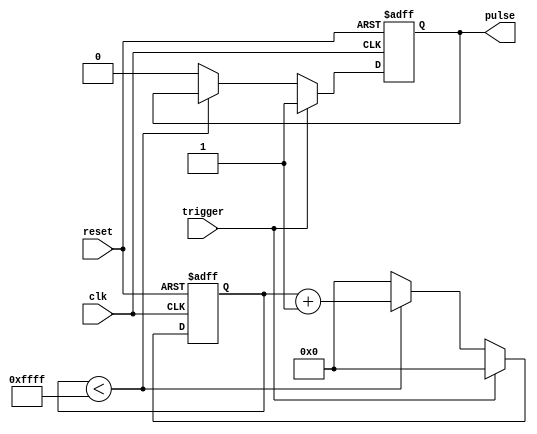
module one_shot_timer (
    input wire clk,
    input wire trigger,
    input wire reset,
    output reg pulse
);

reg [15:0] count;
parameter THRESHOLD = 16'hFFFF; // Set threshold value for pulse duration

always @ (posedge clk or posedge reset) begin
    if (reset) begin
        count <= 16'b0;
        pulse <= 1'b0;
    end else begin
        if (trigger) begin
            count <= 16'b0;
            pulse <= 1'b1;
        end else begin
            if (count < THRESHOLD) begin
                count <= count + 1;
            end else begin
                count <= 16'b0;
                pulse <= 1'b0;
            end
        end
    end
end

endmodule